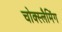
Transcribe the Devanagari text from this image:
चोक्स्लैमिंग